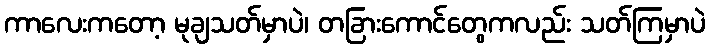
ကာလေးကတော့ မုချသတ်မှာပဲ၊ တခြားကောင်တွေကလည်း သတ်ကြမှာပဲ